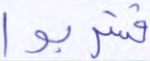
فشربوا